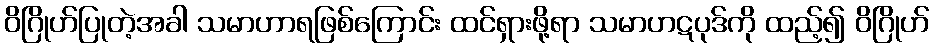
ဝိဂြိုဟ်ပြုတဲ့အခါ သမာဟာရဖြစ်ကြောင်း ထင်ရှားဖို့ရာ သမာဟဋပုဒ်ကို ထည့်၍ ဝိဂြိုဟ်